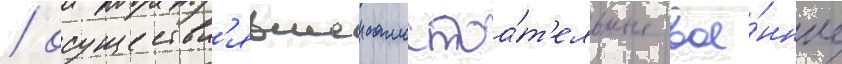
/ осуществл'явшеи самостоа́т'ельные вое́нные